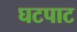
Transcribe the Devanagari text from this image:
घटपाट